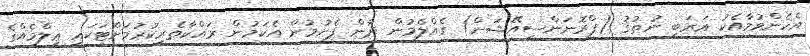
އެހެންވުމާއެކު ޢަރަބި ނުޠުޤު (ޕްރޮނަންސިއޭޝަން) ގެއްލެމުން ދާން ފެށުމުން އެކަމުން ރައްކާތެރިކުރުމަށްޓަކައި ޢިލްމެއްގެ